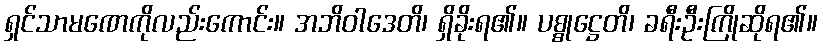
ရှင်သာမဏေကိုလည်းကောင်း။ အဘိဝါဒေတိ၊ ရှိခိုးရ၏။ ပစ္စုဋ္ဌေတိ၊ ခရီးဦးကြိုဆိုရ၏။